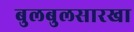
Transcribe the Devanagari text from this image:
बुलबुलसारखा